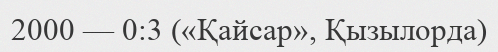
2000 — 0:3 («Қайсар», Қызылорда)